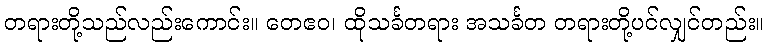
တရားတို့သည်လည်းကောင်း။ တေဧဝ၊ ထိုသင်္ခတရား အသင်္ခတ တရားတို့ပင်လျှင်တည်း။